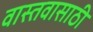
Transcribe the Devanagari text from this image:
वास्तवासाठी